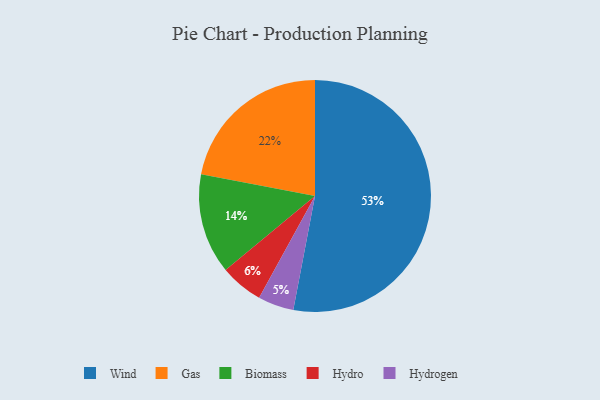
{"axis": {"x": "Category", "y": "Percentage"}, "legend": ["Biomass", "Gas", "Hydro", "Hydrogen", "Wind"], "data": [{"x": "Wind", "y": 53, "type": "Wind"}, {"x": "Gas", "y": 22, "type": "Gas"}, {"x": "Biomass", "y": 14, "type": "Biomass"}, {"x": "Hydrogen", "y": 5, "type": "Hydrogen"}, {"x": "Hydro", "y": 6, "type": "Hydro"}]}